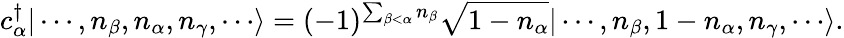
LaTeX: c_{\alpha}^{\dagger}|\cdots,n_{\beta},n_{\alpha},n_{\gamma},\cdots\rangle=(-1)^{\sum_{\beta<\alpha}n_{\beta}}{\sqrt{1-n_{\alpha}}}|\cdots,n_{\beta},1-n_{\alpha},n_{\gamma},\cdots\rangle.